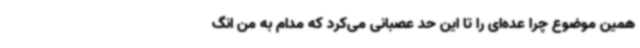
همین موضوع چرا عده‌ای را تا این حد عصبانی می‌کرد که مدام به من انگ